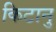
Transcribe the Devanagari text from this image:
किटानु